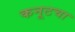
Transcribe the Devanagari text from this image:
कनूटचा